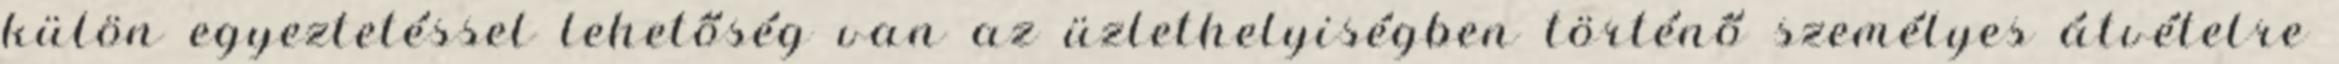
külön egyeztetéssel lehetőség van az üzlethelyiségben történő személyes átvételre